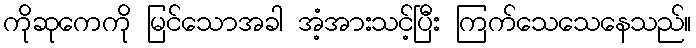
ကိုဆုကေကို မြင်သောအခါ အံ့အားသင့်ပြီး ကြက်သေသေနေသည်။